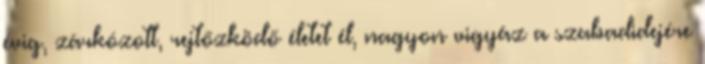
évig, zárkózott, rejtőzködő életet él, nagyon vigyáz a szabadidejére